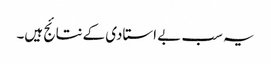
یہ سب بے استادی کےنتائج ہیں۔